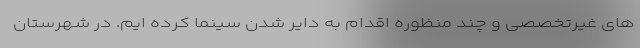
های غیرتخصصی و چند منظوره اقدام به دایر شدن سینما کرده ایم. در شهرستان